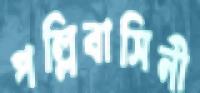
পল্লিবাসিনী